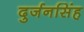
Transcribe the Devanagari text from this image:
दुर्जनसिंह